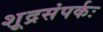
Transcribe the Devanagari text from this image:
शूद्रसंपर्कः